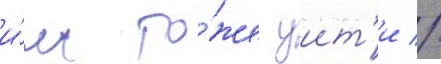
и́м то́же уит'и //